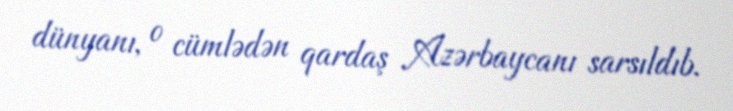
dünyanı, o cümlədən qardaş Azərbaycanı sarsıldıb.